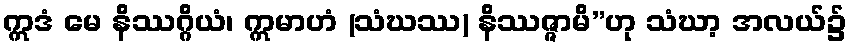
ဣဒံ မေ နိဿဂ္ဂိယံ၊ ဣမာဟံ (သံဃဿ) နိဿဇ္ဇာမိ”ဟု သံဃာ့ အလယ်၌